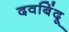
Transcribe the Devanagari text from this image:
दवबिंदू